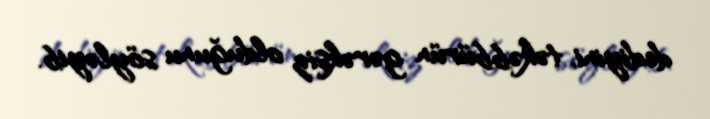
dediyini, təkəbbürün gərəksiz olduğunu söyləyib.